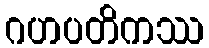
ဂဟပတိကဿ